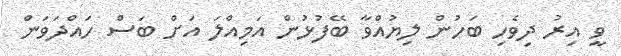
ވީ އިރު ދިވެހި ބަހުން ލިޔުއްވާ ބޭފުޅުން އަމިއްލަ އަށް ބަސް ހައްދަވަން